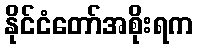
နိုင်ငံတော်အစိုးရက